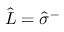
\hat { L } = \hat { \sigma } ^ { - }